Annual report of the Punjab Veterinary College and of the Civil Veterinary Department, Punjab - 1920-1925
Year: 1920
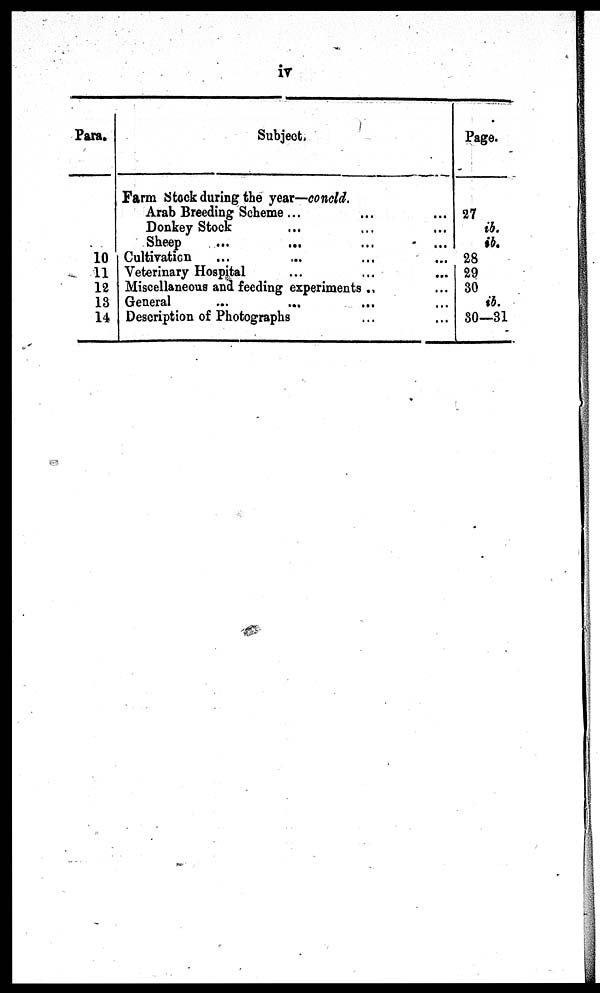
iv
Para.
10
11
12
13
14
Subject.
Farm Stock during the year—concld.
Arab Breeding Scheme ... ... ... ...
Donkey Stock ... ... ... ... ...
Sheep ... ... ... ...
Cultivation ... ... ... ... ... ...
Veterinary Hospital ... ... ... ...
Miscellaneous and feeding experiments ... ... ... ... ...
General ... ... ... ... ... ...
Description of Photographs ... ... ... ... ...
Page.
27
ib.
ib.
28
29
30
ib.
30—31